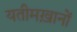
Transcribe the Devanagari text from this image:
यतीमख़ानों